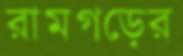
রামগড়ের